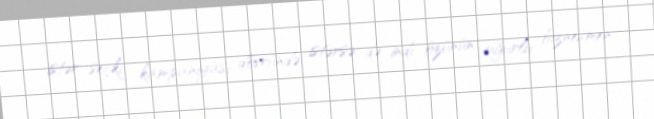
istər seçki kampaniyası dövründə, istərsə də indi özünün uğurlu biznesmen